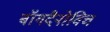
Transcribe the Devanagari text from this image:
बॉगदैनोविच